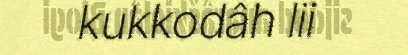
kukkodâh lii